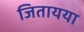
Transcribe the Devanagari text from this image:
जितायया